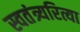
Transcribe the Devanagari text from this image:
स्वतंत्र्यरित्या